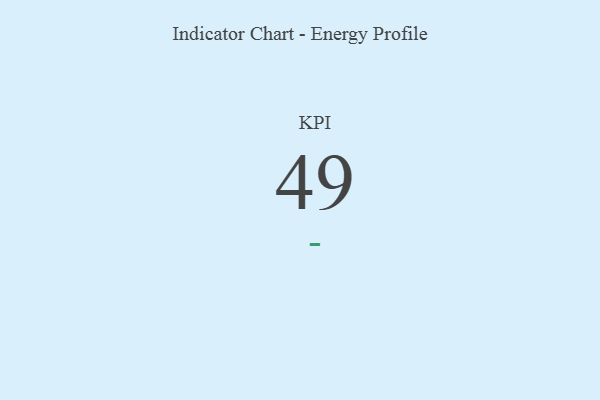
{"axis": {"x": "KPI", "y": "Value"}, "legend": [""], "data": [{"x": "KPI", "y": 49, "type": ""}]}